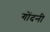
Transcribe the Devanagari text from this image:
गोंदनी